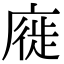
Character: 𢊚